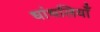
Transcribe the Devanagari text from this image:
धांधलियाँ